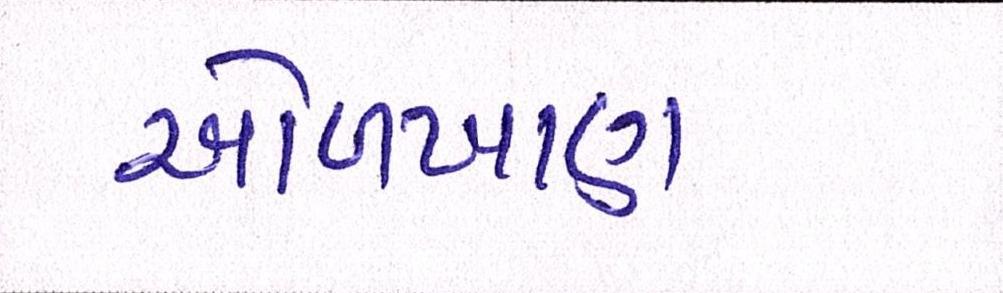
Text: ઓળખાણ